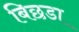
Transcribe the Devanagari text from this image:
बिछडा